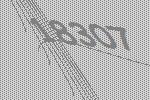
18307